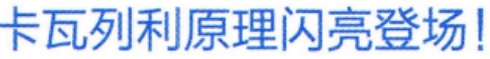
卡瓦列利原理闪亮登场!